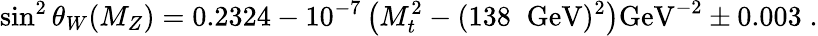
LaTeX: \sin^{2}\theta_{W}(M_{Z})=0.2324-10^{-7}\left(M_{t}^{2}-(138\; \; {\mathrm{GeV}})^{2}\right){\mathrm{GeV}}^{-2}\pm 0.003\; .